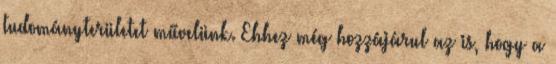
tudományterületet művelünk. Ehhez még hozzájárul az is, hogy a